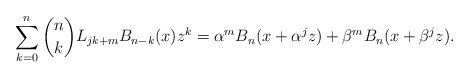
\begin{align*}\sum_{k = 0}^n {\binom nkL_{jk + m} B_{n - k} (x)z^k } = \alpha^m B_n(x + \alpha ^j z) + \beta^m B_n (x + \beta ^j z).\end{align*}